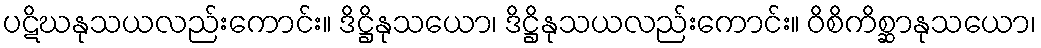
ပဋိဃနုသယလည်းကောင်း။ ဒိဋ္ဌိနုသယော၊ ဒိဋ္ဌိနုသယလည်းကောင်း။ ဝိစိကိစ္ဆာနုသယော၊